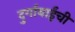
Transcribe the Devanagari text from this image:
दुर्गाबाईंची